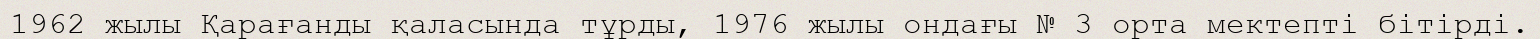
1962 жылы Қарағанды қаласында тұрды, 1976 жылы ондағы № 3 орта мектепті бітірді.